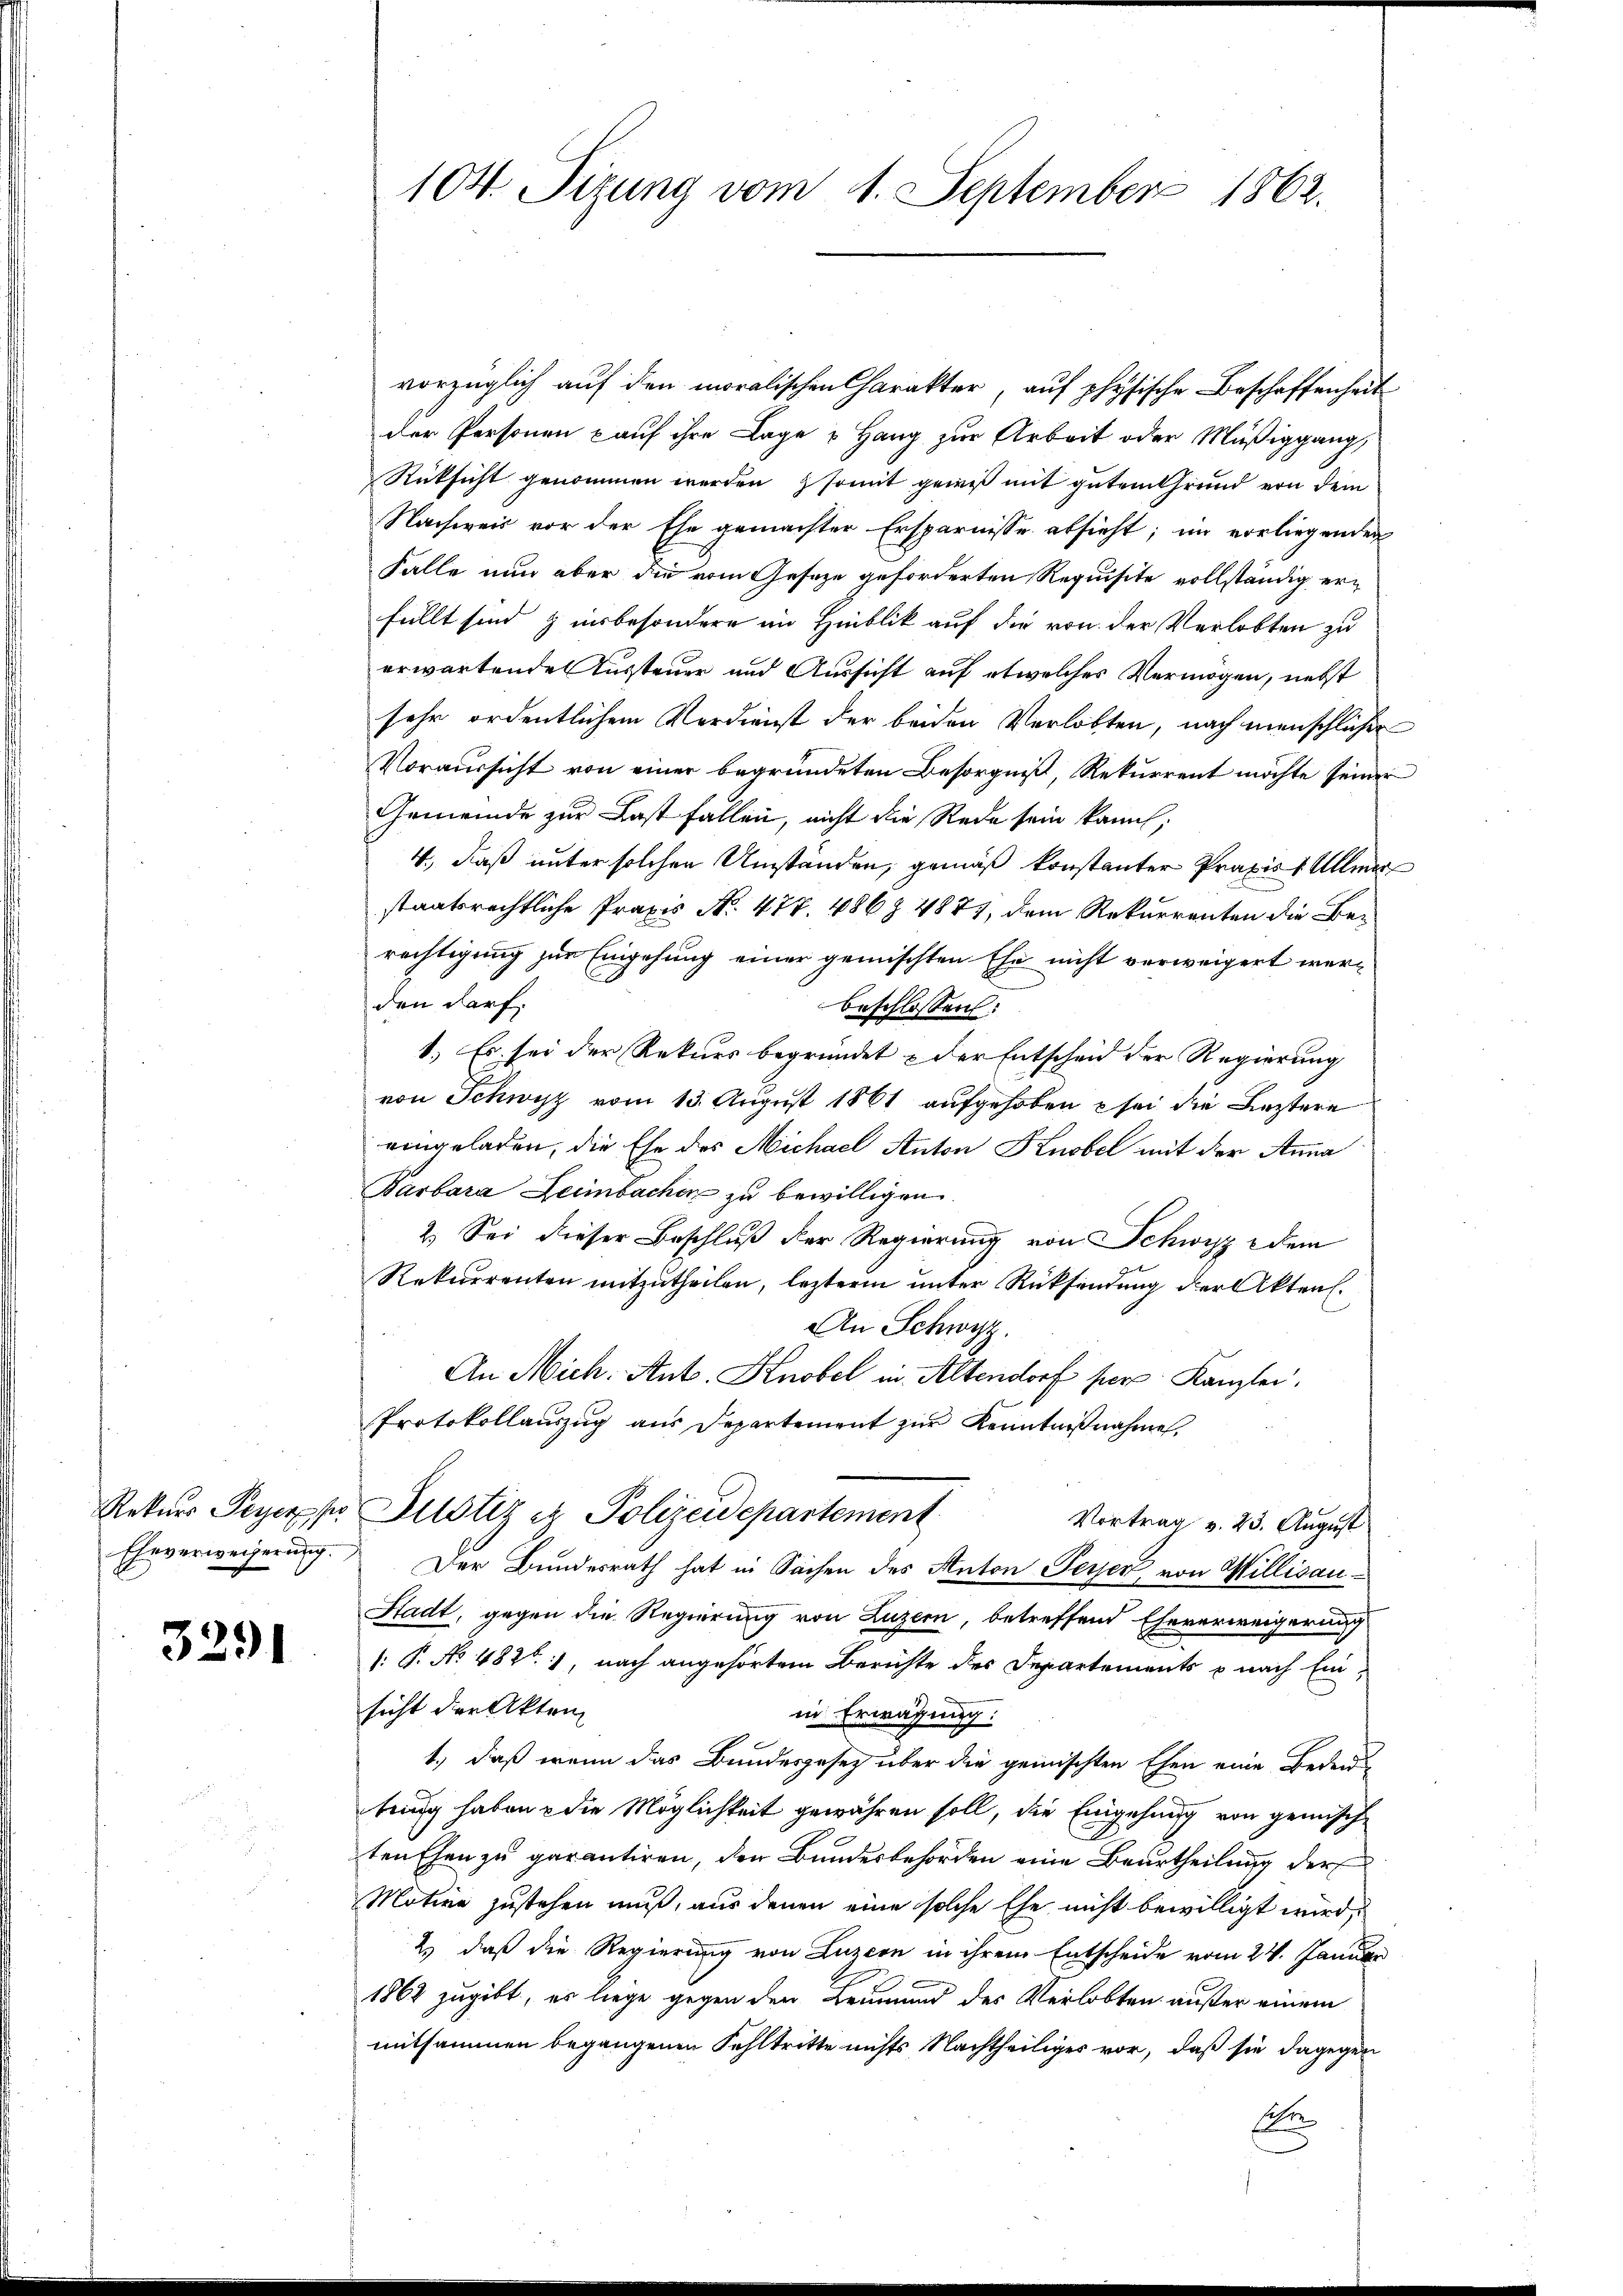
Rekurs Peyer per
Eheverweiserung.

3291

104. Sitzung vom 1. September 1862.

vorzüglich auf den moralischen Charakter, aŭf physische Beschaffenheit
der Personen kauf ihre Lage u Hang zur Arbeit oder Müßiggang,
Rücksicht genommen werden, somit geweß mit gutem Grund von dem
Nachweis vor der Ehe gemachter Ersparnisse absieht; im vorliegenden
Falle nun aber die vom Geseze geforderten Requisite vollständig erfüllt sind zinsbesondere im Hinblik auf die von der Verlobten zu
erwartende Aussteuer und Aussicht auf etwelches Vermögen, nebst
sehr ordentlichem Verdienst der beiden Verlobten, nach menschlicher
Voraussicht von einer begründeten Besorgniß, Rekurrent möchte seiner
Gemeinde zur Last fallen, nicht die Rede sein kannt,
4., Daß unter solchen Umstanden, gemäß konstanter Praxis 1 Aller
staatsrechtliche Praxis No. 477. 486 § 4873, dem Rekurrenten die Berechtigung zur Eingehung einer gemischten Ehe nicht verweigert werden darf.
beschlossen:
1.) Es sei der Rekurs begründet & der Entscheid der Regierung
von Schwyz vom 13. August 1861 aufgehoben u sei die Leztere
eingeladen, die Ehe des Michael Anton Knobel mit der Anna
Parbara Leimbachen zu bewilligen.
2.) Sei dieser Beschluß der Regierung von Schwyz dem
Rekurrenten mitzutheilen, leztere unter Rücksendung der Akten.
An Schwyz.
An Mich. Ant. Knobel in Altendorf per Kanzlei,
Protokollauszug aus Departement zur Kenntnißnahme.
Justiz & Polizeidepartement
Vortrag v. 23. August
Der Bundesrath hat in Sachen des Anton Peyer von Willisau¬
Stadt, gegen die Regierung von Luzern, betreffend Eheverweigerung
: P. No 482, nach angehörtem Berichte des Departements p nach Ein-
sicht der Akten
in Erwägung:
1., daß wenn das Bundesgesetz über die gemischten Ehen eine Bedentung haben & die Möglichkeit gewähren soll, die Eingehung von gemisch
tenchen zu garantiren, den Bundesbehörden eine Beurtheilung der
Motive zustehen muß, aus denen eine solche Ehe nicht bewilligt wird,
2) daß die Regierung von Luzern in ihrem Entscheide vom 24. Januar
1862 zugibt, es liege gegen den Leumund des Verlobten außer einem
mitsammen begangenen Fehltritte nichts Nachtheiliges vor, daß sie dagegen
e